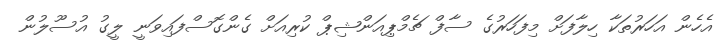
އެހެން އަހަރުތަކާ ހިލާފަށް މިފަހަރުގެ ސާފް ޗެމްޕިއަންޝިޕް ކުރިއަށް ގެންގޮސްފައިވަނީ ލީގު އުސޫލުން